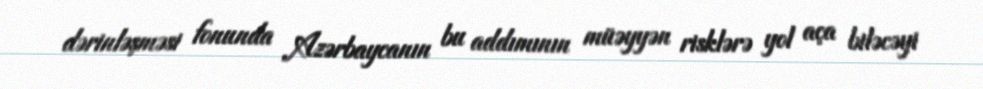
dərinləşməsi fonunda Azərbaycanın bu addımının müəyyən risklərə yol aça biləcəyi